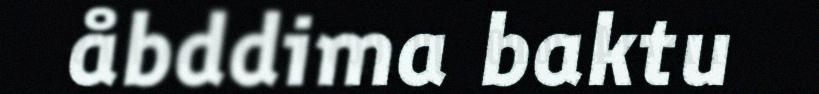
åbddima baktu